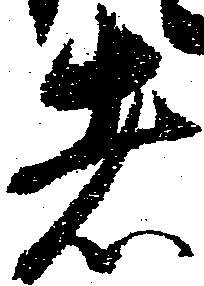
者